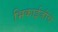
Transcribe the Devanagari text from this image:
भिकाईजींचे